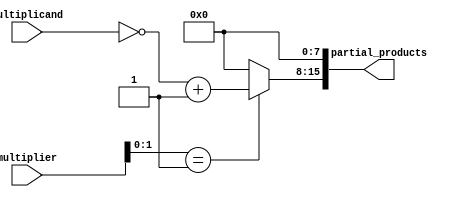
module booth_encoder (
    input [N-1:0] multiplier,
    input [M-1:0] multiplicand,
    output reg [2*M-1:0] partial_products
);
    parameter N = 8; // Bit-width of multiplier
    parameter M = 8; // Bit-width of multiplicand

    integer i;
    reg [1:0] prev_bit;

    always @(*) begin
        partial_products = 0;
        prev_bit = 2'b0;

        for (i = 0; i < N; i = i + 1) begin
            case ({multiplier[i], prev_bit})
                2'b01: partial_products[i*M +: M] = multiplicand; // +1
                2'b10: partial_products[i*M +: M] = ~multiplicand + 1; // -1
                default: partial_products[i*M +: M] = 0; // 0
            endcase
            prev_bit = {multiplier[i], prev_bit[0]};
        end
    end
endmodule